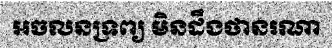
អចលនទ្រព្យ មិនដឹងថានរណា